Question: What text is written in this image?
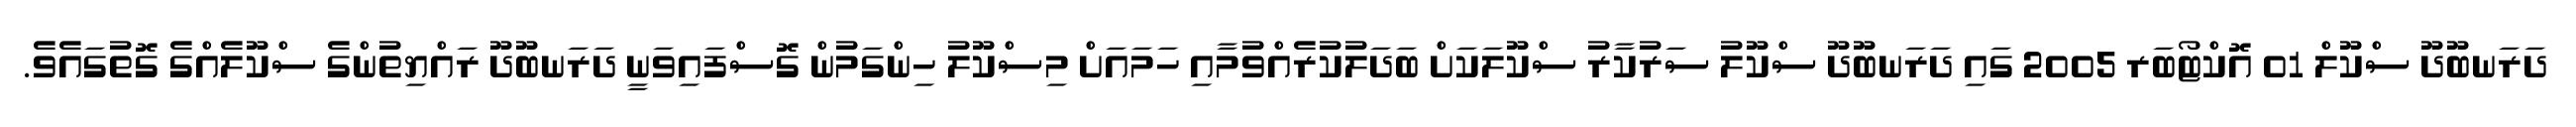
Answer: ދަރަނބޫދޫ ސްކޫލް 01 އޮކްޓޯބަރ 2005 ގައި ދަރަނބޫދޫ ސްކޫލު ސަރުކާރު ސްކޫލަކަށް ބަދަލުކުރެއްވުމާއި ހަމައަށް މިސްކޫލު ހިންގަމުން ގޮސްފައިވަނީ ދަރަނބޫދޫ ރައްޔިތުންގެ ސްކޫލެއްގެ ގޮތުގައެވެ.